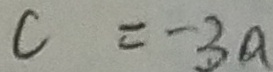
c = - 3 a